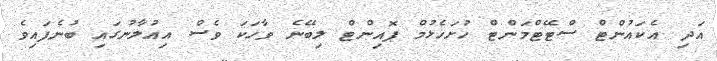
އަދި އެކައުންޓް ސްޓޭޓްމަންޓް ހުށަހެޅުމް ޕޮއިންޓް ލިބޭނެ ވާހަކަ ވެސް އިއުލާނުގައި ބުނެފައިވެ